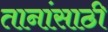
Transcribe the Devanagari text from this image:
तानांसाठी